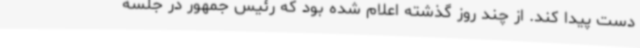
دست پیدا کند. از چند روز گذشته اعلام شده بود که رئیس جمهور در جلسه